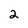
Character: 2